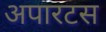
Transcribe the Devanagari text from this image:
अपारटस